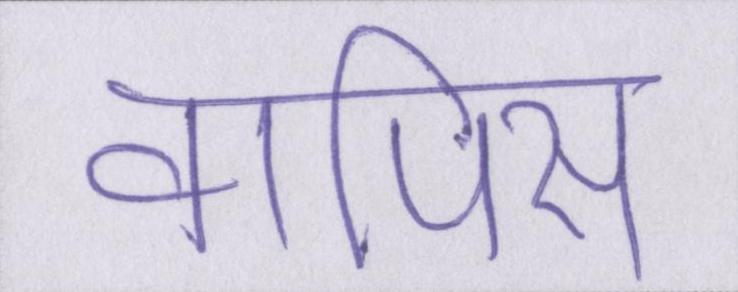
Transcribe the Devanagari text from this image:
वापिस